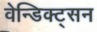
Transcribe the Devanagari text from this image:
वेन्डिक्ट्सन